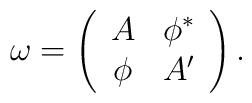
\omega = \left( \begin{array}{cc} A & \phi^* \\ \phi  & A'  \end{array} \right) .